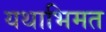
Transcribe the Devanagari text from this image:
यथाभिमत